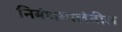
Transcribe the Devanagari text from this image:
निबंधमालेतील